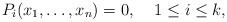
LaTeX: \begin{align*} P_i(x_1,\dotsc,x_n) = 0,\;\;\;\; 1\leq i\leq k,\end{align*}